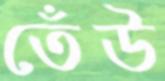
তেঁউ